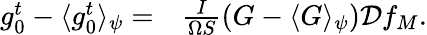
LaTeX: \begin{array}{rl}{g_{0}^{t}-\langle g_{0}^{t}\rangle_{\psi}=}&{{}\frac{I}{\Omega S}\left(G-\langle G\rangle_{\psi}\right)\mathcal{D}f_{M}.}\end{array}